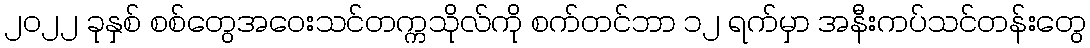
၂၀၂၂ ခုနှစ် စစ်တွေအဝေးသင်တက္ကသိုလ်ကို စက်တင်ဘာ ၁၂ ရက်မှာ အနီးကပ်သင်တန်းတွေ